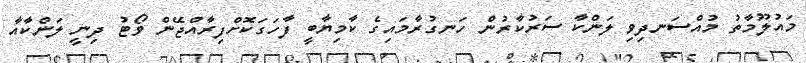
މައުލޫމާތު މުއްސަނދިވި ލަންކާ ސަރުކާރުން ހަނގުރާމައިގެ ކާމިޔާބީ ފާހަގަކޮށްފިރާއްޖޭން ވޯޓު ދިނީ ލަންކާއާ